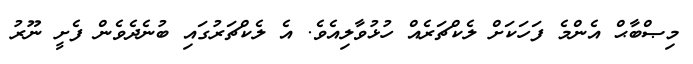
މިޞްބާޙް އެންމެ ފަހަކަށް ލެކްޗަރެއް ހުޅުވާލިއެވެ. އެ ލެކްޗަރުގައި ބުނެދެވެން ފެށީ ނޫރު